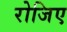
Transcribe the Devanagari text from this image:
रोजिए